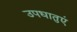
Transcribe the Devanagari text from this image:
उपधातुएं